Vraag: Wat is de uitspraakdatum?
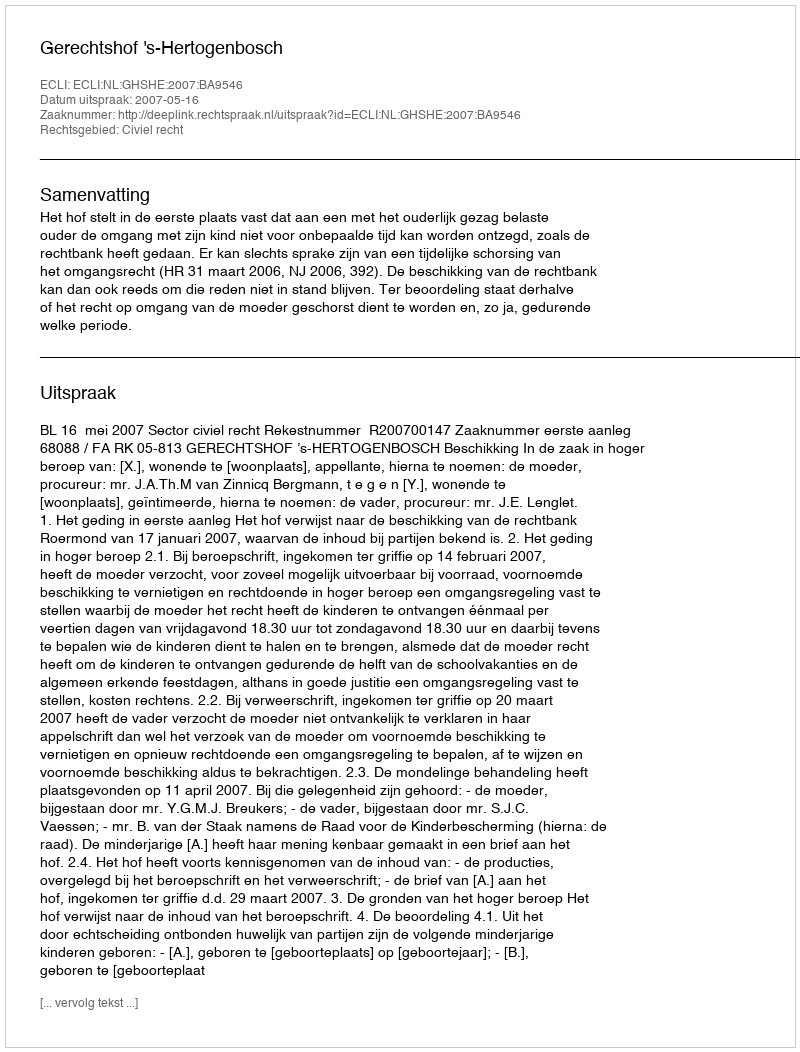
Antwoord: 2007-05-16